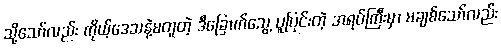
သို့သော်လည်း ကိုယ့်ဒေသနဲ့မတူတဲ့ ဒီခြောက်သွေ့ ပူပြင်းတဲ့ အရပ်ကြီးမှာ မချစ်သော်လည်း